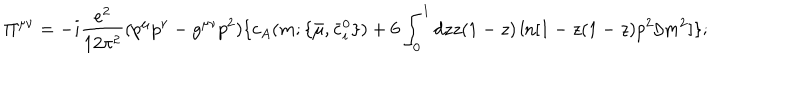
\Pi ^ { \mu \nu } = - i \frac { e ^ { 2 } } { 1 2 \pi ^ { 2 } } ( p ^ { \mu } p ^ { \nu } - g ^ { \mu \nu } p ^ { 2 } ) \{ c _ { A } ( m ; \{ { \bar { \mu } } , { \bar { c } } _ { i } ^ { 0 } \} ) + 6 \int _ { 0 } ^ { 1 } d z z ( 1 - z ) \ln [ 1 - z ( 1 - z ) p ^ { 2 } / m ^ { 2 } ] \} ;